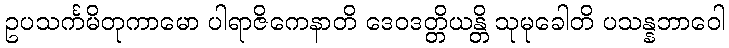
ဥပသင်္ကမိတုကာမော ပါရာဇိကေနာတိ ဒေဝဒတ္တိယန္တိ သုမုခေါတိ ပသန္နဘာဝေါ